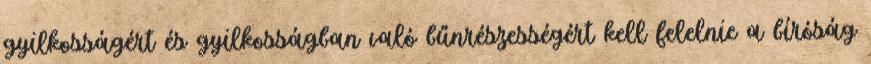
gyilkosságért és gyilkosságban való bűnrészességért kell felelnie a bíróság